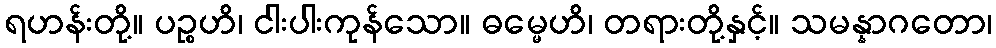
ရဟန်းတို့။ ပဉ္စဟိ၊ ငါးပါးကုန်သော။ ဓမ္မေဟိ၊ တရားတို့နှင့်။ သမန္နာဂတော၊